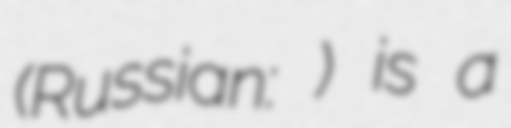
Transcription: (Russian: Репино) is a